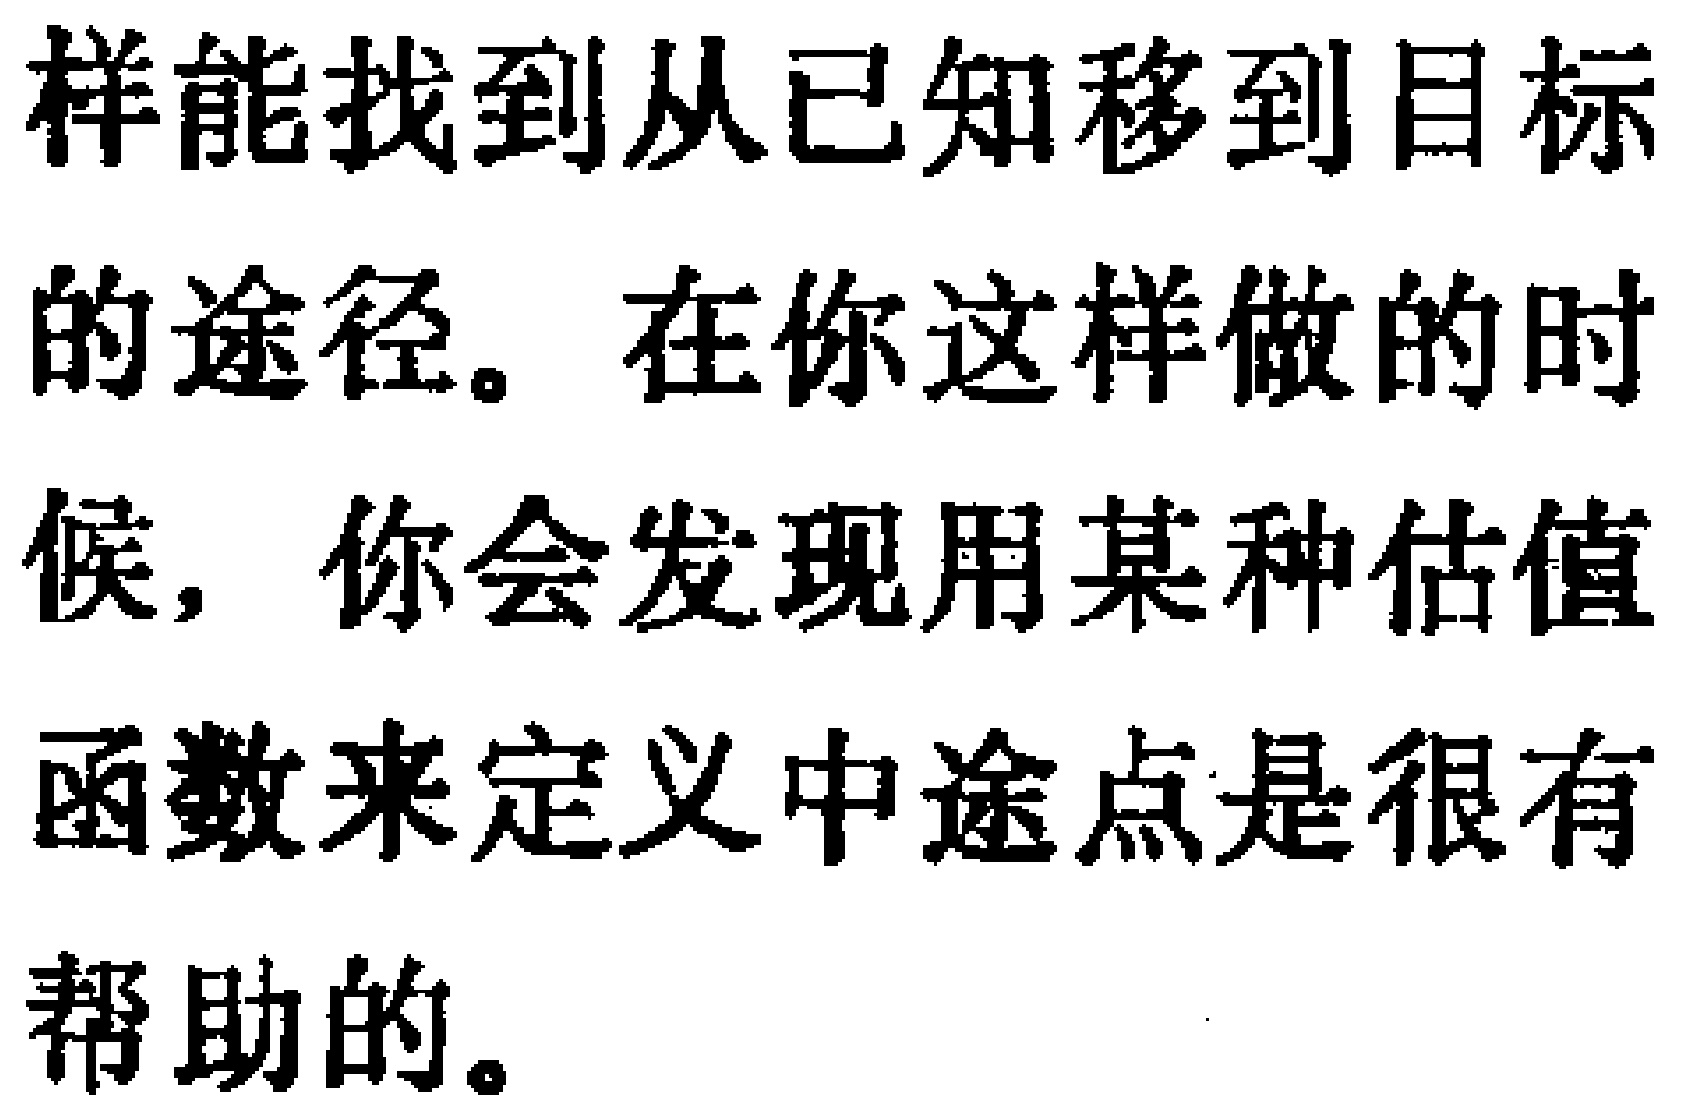
样能找到从已知移到目标的途径。在你这样做的时候，你会发现用某种估值函数来定义中途点是很有帮助的。